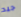
جيد